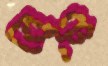
বেঞ্